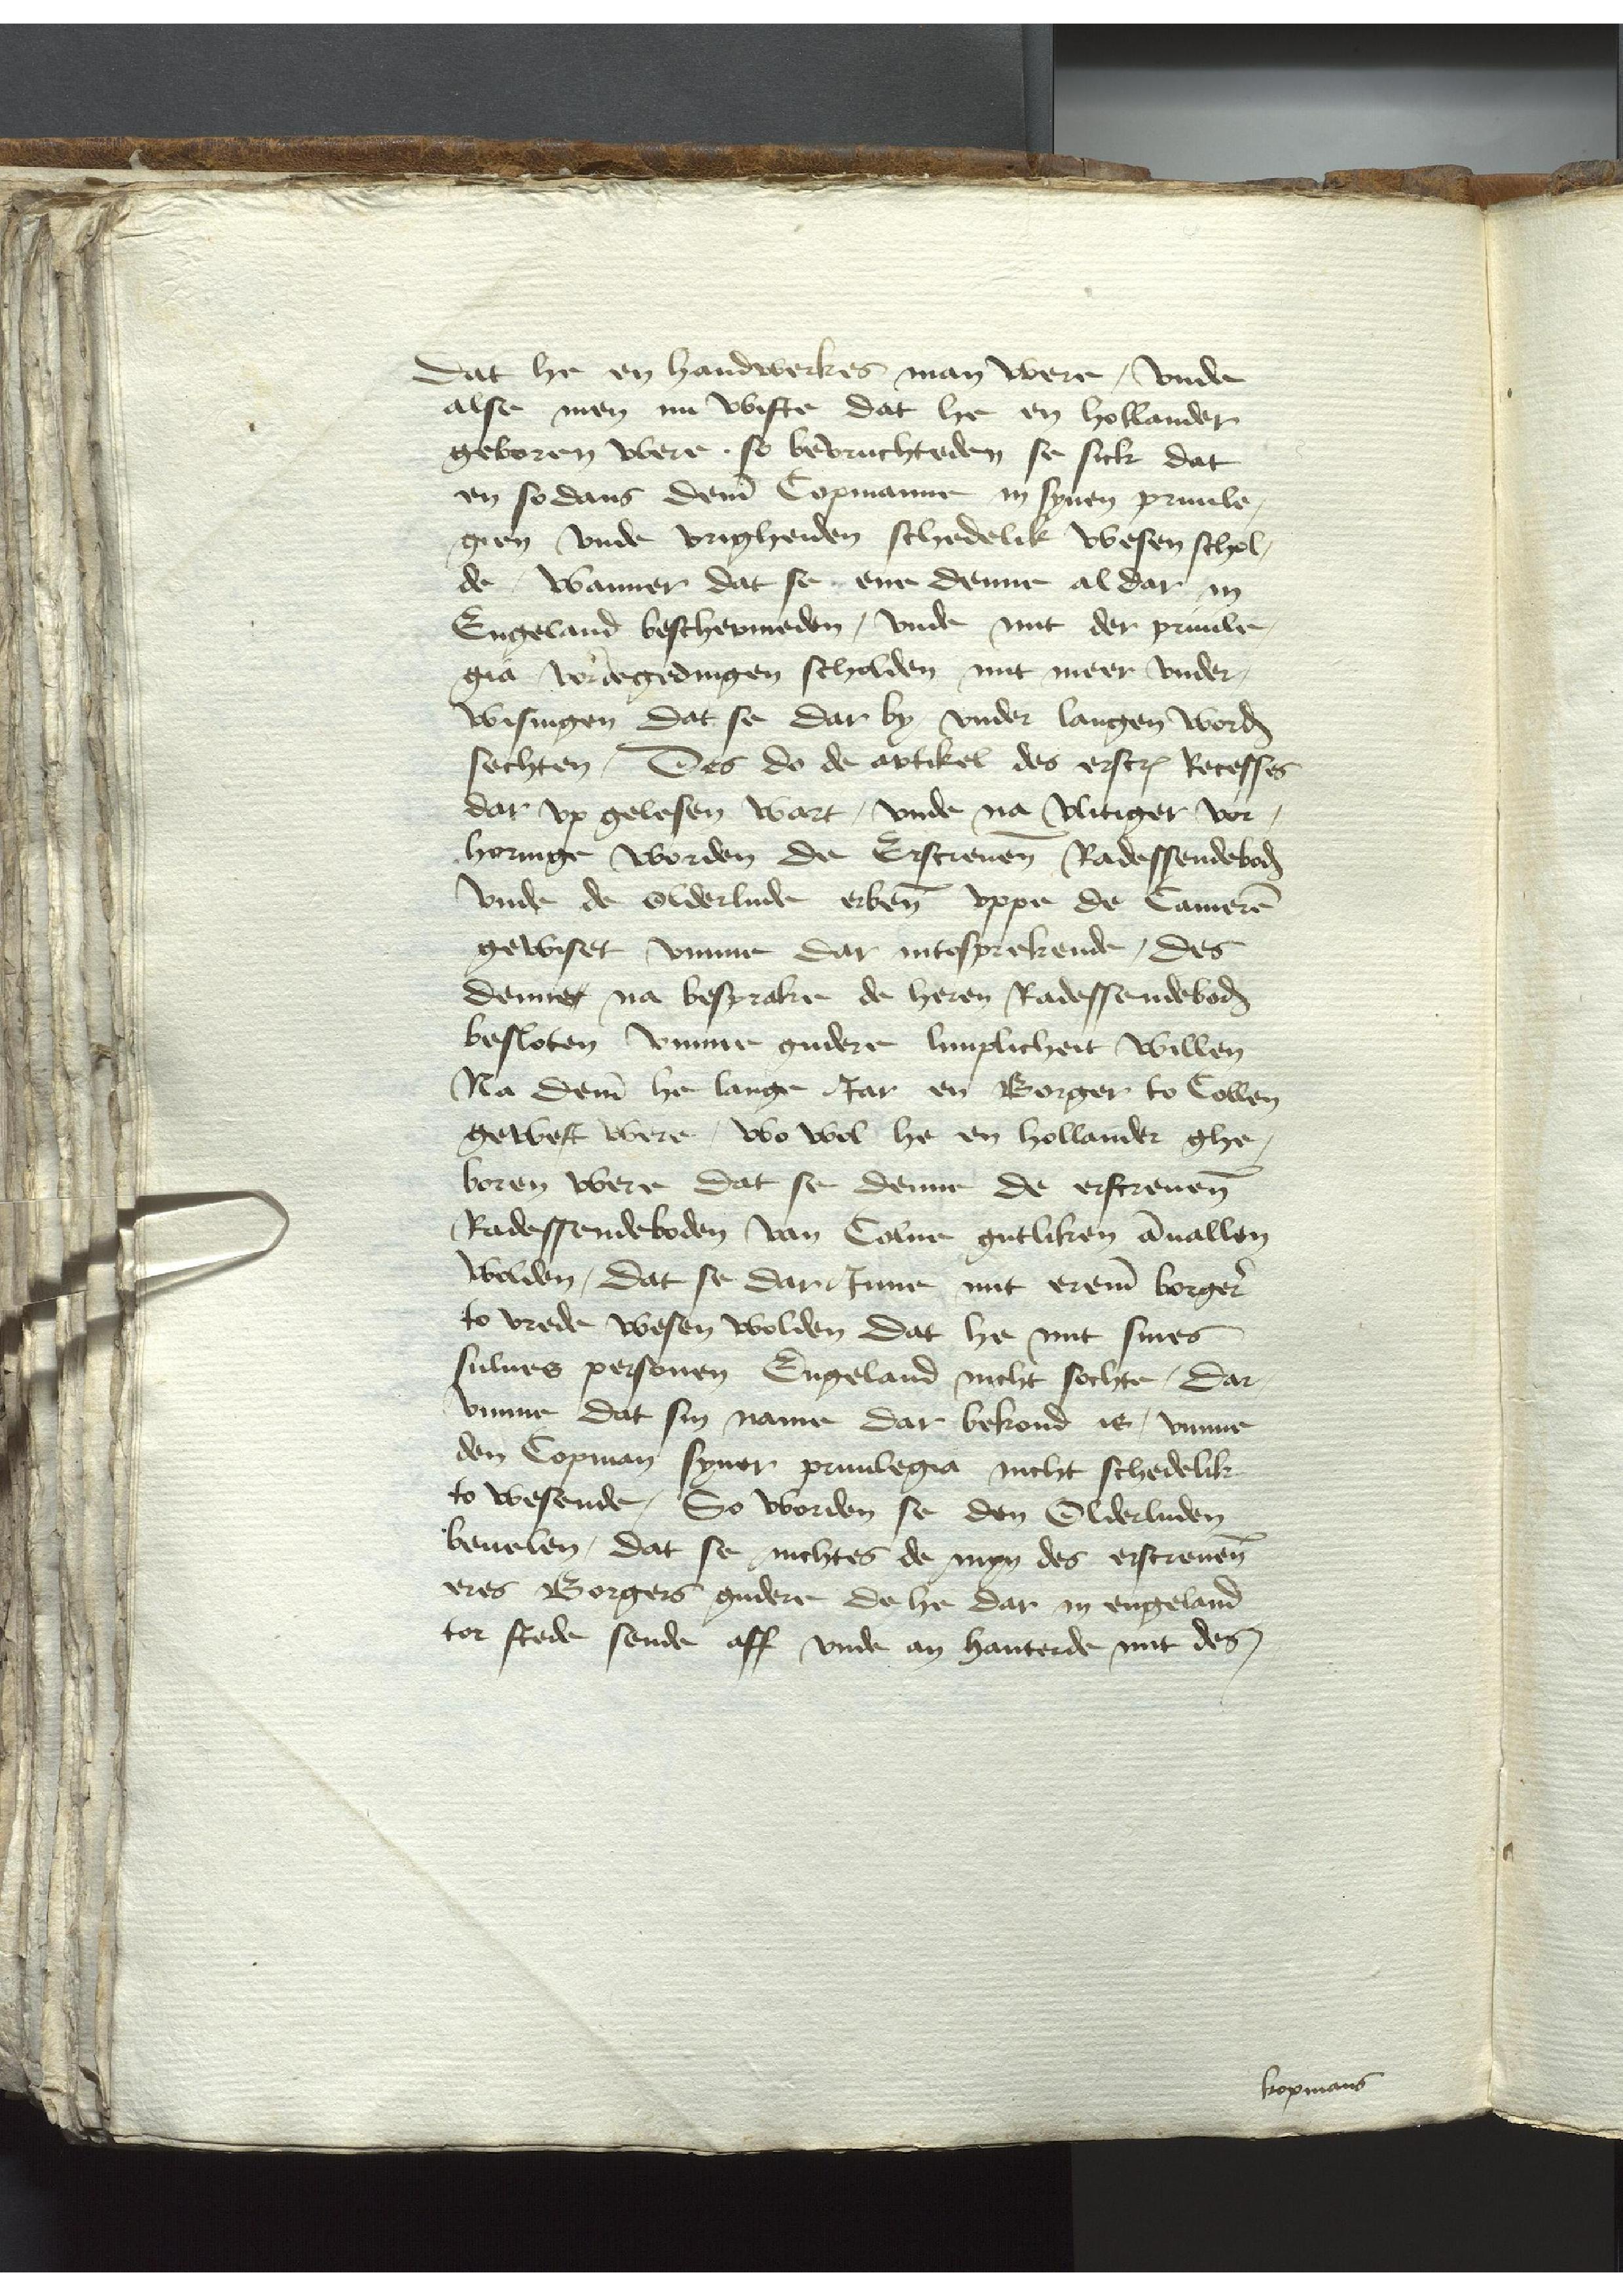
Dat he en handwerkes man were, vnde
alse men nu wiste Dat he en Hollander
geboren were, so bevruchteden se sick dat
en sodans deme Copmanne in synen priuile¬
gien vnde vrigheiden schedelik wesen schol¬
de, Wanner dat se ene denne aldar in
Engeland beschermeden, vnde mit der priuile¬
gia vordegedingen scholden mit meer vnder¬
wisingen Dat se dar by, vnder langen worden
sechten, Des do de artikel des erscreuen Recesses
dar vp gelesen wart, vnde na vlitiger vor¬
horinge worden de Erscreuenen Radessendeboden
vnde de Olderlude erbenomed vppe de Cameren
gewiset, vmme dar intosprekende, Des
denner na besprake de heren Radessendeboden
besloten vmme gudere limplicheit willen
Na deme he lange Jar en Borger to Collen
gewest were, wo wol he en Hollander ghe¬
boren were Dat se denne de erscreuenen
Radessendeboden van Colne gutliken anuallen
wolden, Dat se darJnne mit ereme borgere
to vrede wesen wolden Dat he mit sines
sulues personen Engeland nicht sochte, Dar¬
vmme dat sin name dar bekond is, vmme
den Copman syner pruilegia nicht schedelik
to wesende, So worden se den Olderluden
beuelen, dat se nichtes de myn des erscreuenen
eres Borgers gudere de he dar in engeland
tor stede sende aff vnde an hanterde mit desen